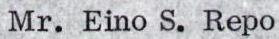
Mr. Eino S. Repo